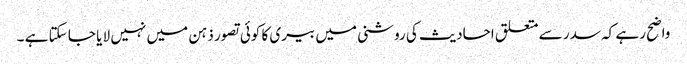
واضح رہے کہ سدر سے متعلق احادیث کی روشنی میں بیری کا کوئی تصور ذہن میں نہیں لا یا جا سکتا ہے ۔